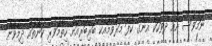
ނަމަވެސް އެއް ދުވަހަކު އޭނާގެ ކާފަ މަރުވުމާއެެކު ބަރިބަރިއަށް ހިތާމަވެރި ކަންތައް ދިމާވާން